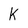
Character: k